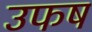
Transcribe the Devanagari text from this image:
उफष